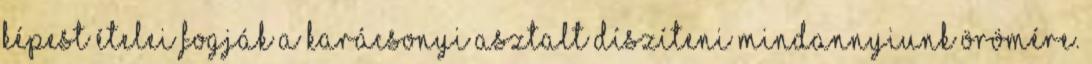
képest ételei fogják a karácsonyi asztalt díszíteni mindannyiunk örömére.